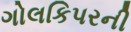
ગોલકિપરની